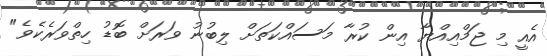
އެއީ މި ޖަމްއިއްޔާ އިން ކުރާ މަސައްކަތަށް ލިބުނު ވަރަށް ބޮޑު ހިތްވަރެކެވެ"